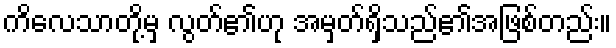
ကိလေသာတို့မှ လွတ်၏ဟု အမှတ်ရှိသည်၏အဖြစ်တည်း။